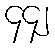
၄၄၂